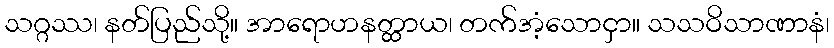
သဂ္ဂဿ၊ နတ်ပြည်သို့။ အာရောဟနတ္ထာယ၊ တက်အံ့သောငှာ။ သသဝိသာဏာနံ၊